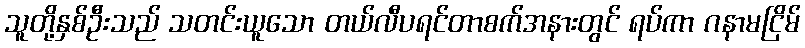
သူတို့နှစ်ဦးသည် သတင်းယူသော တယ်လီပရင်တာစက်အနားတွင် ရပ်ကာ ဂနာမငြိမ်